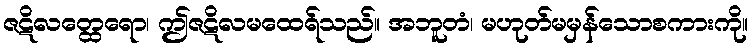
ဇဋိလတ္ထေရော၊ ဤဇဋိလမထေရ်သည်။ အဘူတံ၊ မဟုတ်မမှန်သောစကားကို။